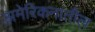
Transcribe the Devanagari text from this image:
अमेरिकनांतील